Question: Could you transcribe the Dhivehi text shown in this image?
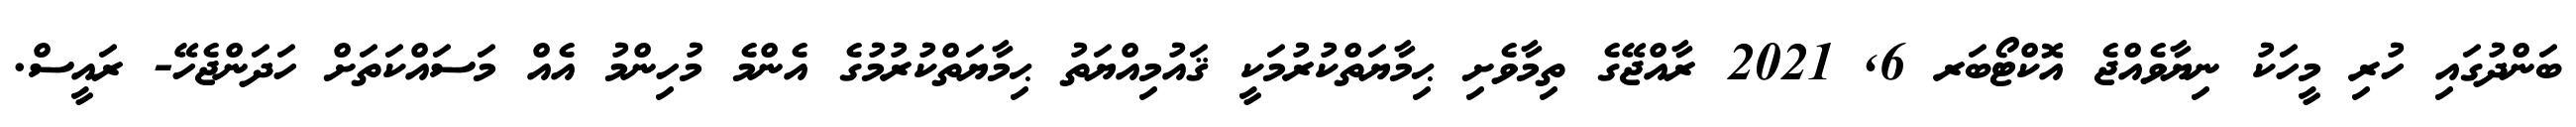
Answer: ބަންދުގައި ހުރި މީހަކު ނިޔާވެއްޖެ އޮކްޓޯބަރ 6, 2021 ރާއްޖޭގެ ތިމާވެށި ޙިމާޔަތްކުރުމަކީ ޤައުމިއްޔަތު ޙިމާޔަތްކުރުމުގެ އެންމެ މުހިންމު އެއް މަސައްކަތަށް ހަދަންޖެހޭ- ރައީސް.